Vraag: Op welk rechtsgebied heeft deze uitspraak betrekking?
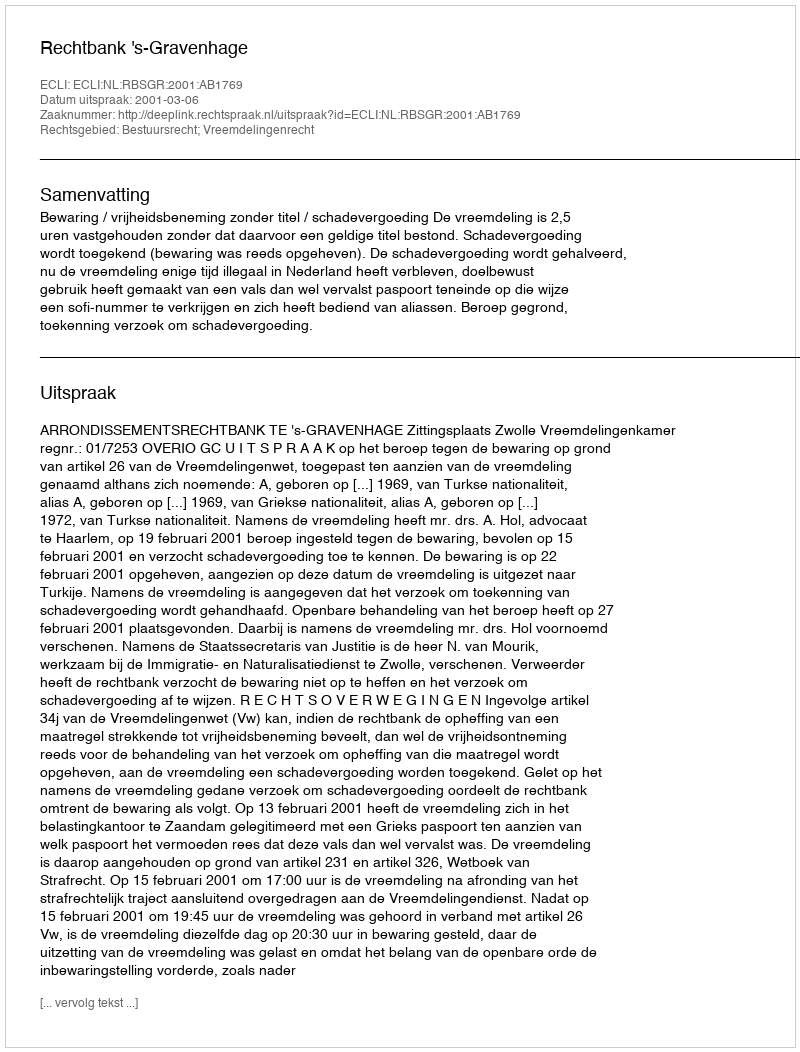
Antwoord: Bestuursrecht; Vreemdelingenrecht